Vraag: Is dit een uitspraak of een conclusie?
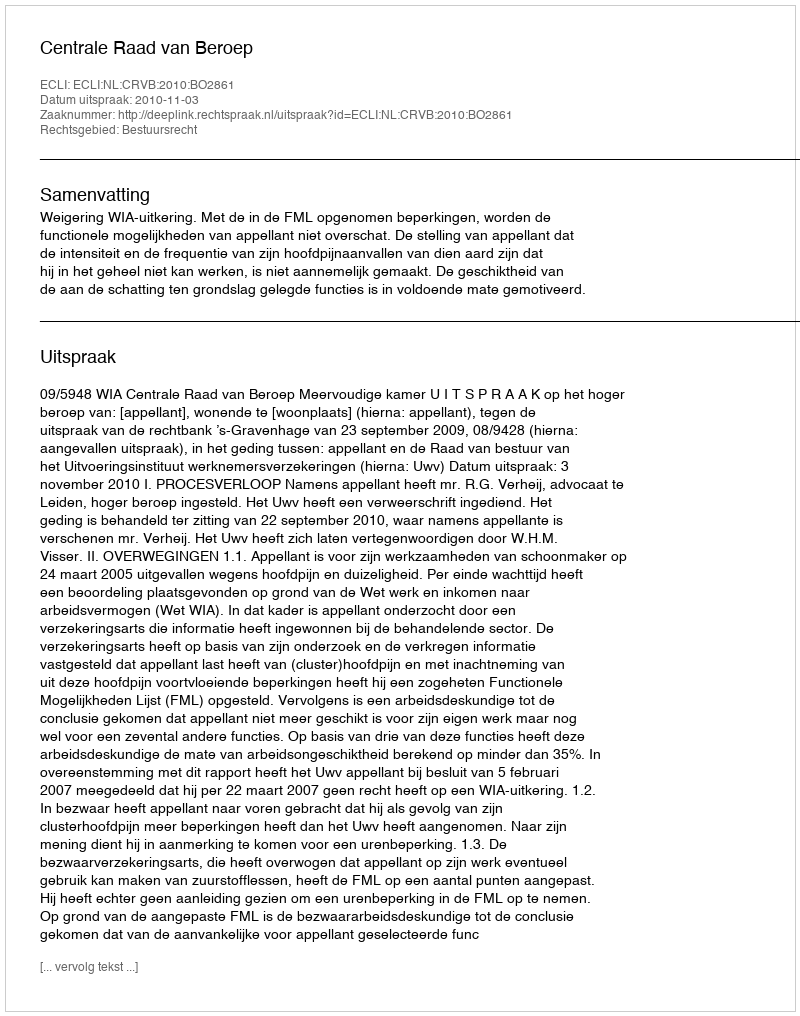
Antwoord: Uitspraak